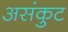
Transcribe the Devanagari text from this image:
असंकुट